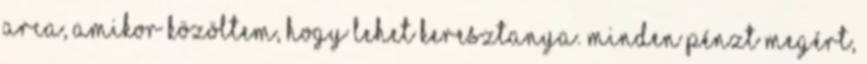
arca, amikor közöltem, hogy lehet keresztanya. minden pénzt megért,